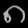
Digit: ၈